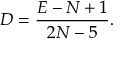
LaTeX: D = { \frac { E - N + 1 } { 2 N - 5 } } .